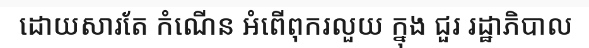
ដោយសារតែ កំណើន អំពើពុករលួយ ក្នុង ជួរ រដ្ឋាភិបាល